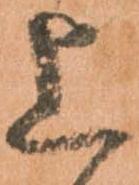
上